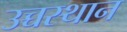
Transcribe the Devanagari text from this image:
उच्चस्थान